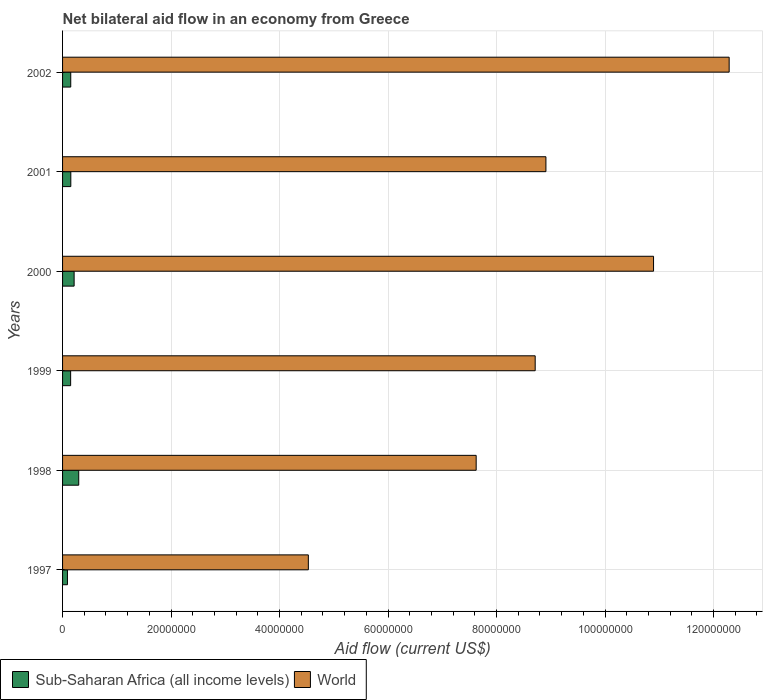
| Years | Sub-Saharan Africa (all income levels) | World |
 | --- | --- | --- |
 | 1997 | 9e+05 | 4.53e+07 |
 | 1998 | 2.98e+06 | 7.62e+07 |
 | 1999 | 1.49e+06 | 8.71e+07 |
 | 2000 | 2.13e+06 | 1.09e+08 |
 | 2001 | 1.52e+06 | 8.91e+07 |
 | 2002 | 1.51e+06 | 1.23e+08 |